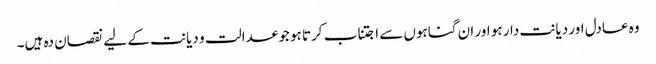
وہ عادل اور دیانت دار ہو اور ان گناہوں سے اجتناب کرتا ہو جو عدالت و دیانت کے لیے نقصان دہ ہیں۔